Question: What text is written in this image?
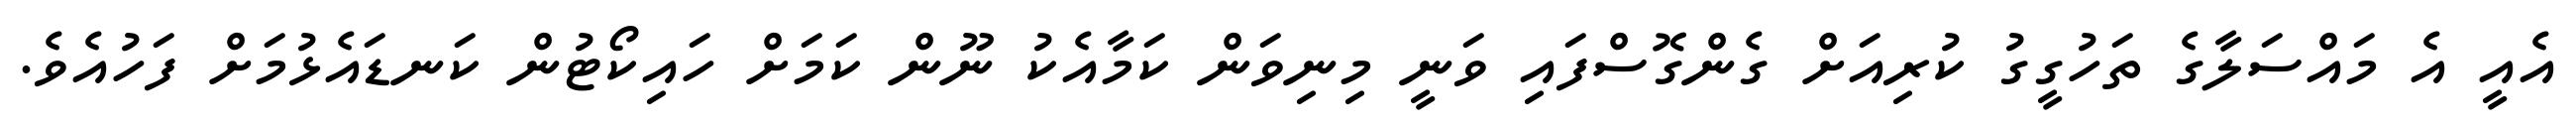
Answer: އެއީ އެ މައްސަލާގެ ތަހުގީގު ކުރިއަށް ގެންގޮސްފައި ވަނީ މިނިވަން ކަމާއެކު ނޫން ކަމަށް ހައިކޯޓުން ކަނޑައެޅުމަށް ފަހުއެވެ.